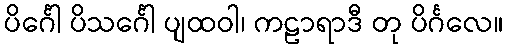
ပိင်္ဂေါ ပိသင်္ဂေါ ပျထဝါ၊ ကဠာရာဒီ တု ပိင်္ဂလေ။